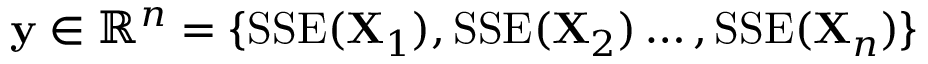
\mathbf { y } \in \mathbb { R } ^ { n } = \{ \mathrm { S S E } ( \mathbf { X } _ { 1 } ) , \mathrm { S S E } ( \mathbf { X } _ { 2 } ) \dots , \mathrm { S S E } ( \mathbf { X } _ { n } ) \}